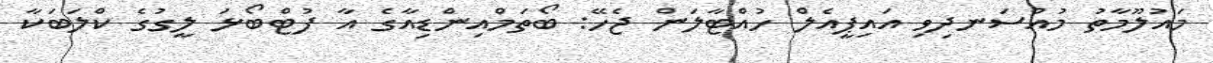
މައުލޫމާތު މުއްސަނދިވި އައިޕީއެލް ހުއްޓާލަން ޖެހޭ: ބޯތަމްއިންޑިއާގެ އާ ފުޓްބޯޅަ ލީގުގެ ކްލަބަކާ